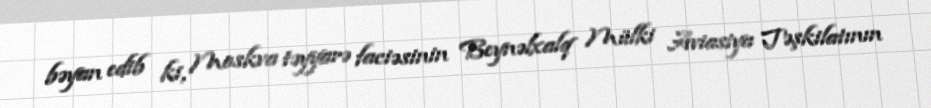
bəyan edib ki, Moskva təyyarə faciəsinin Beynəlxalq Mülki Aviasiya Təşkilatının